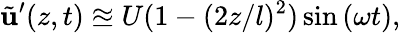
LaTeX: \tilde{\mathbf{u}}^{\prime}(z,t)\approxeq U(1-(2z/l)^{2})\sin{(\omega t)},